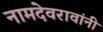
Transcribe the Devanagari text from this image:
नामदेवरावांनी